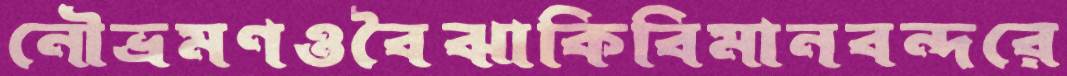
নৌভ্রমণওবৈঝাকিবিমানবন্দরে